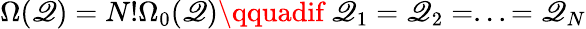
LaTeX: \Omega(\mathscr{Q})=N!\Omega_{0}(\mathscr{Q})\qquadif\ \mathscr{Q}_{1}=\mathscr{Q}_{2}=...=\mathscr{Q}_{N}